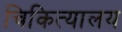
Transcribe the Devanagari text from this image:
चिकित्यालय